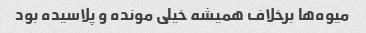
میوه‌ها برخلاف همیشه خیلی مونده و پلاسیده بود